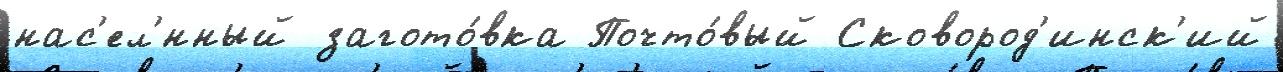
нас'ел'́нный загото́вка Почто́вый Сковород'инск'ий